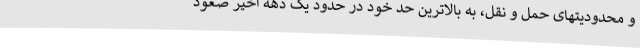
و محدودیتهای حمل و نقل، به بالاترین حد خود در حدود یک دهه اخیر صعود